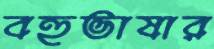
বহুভাষার